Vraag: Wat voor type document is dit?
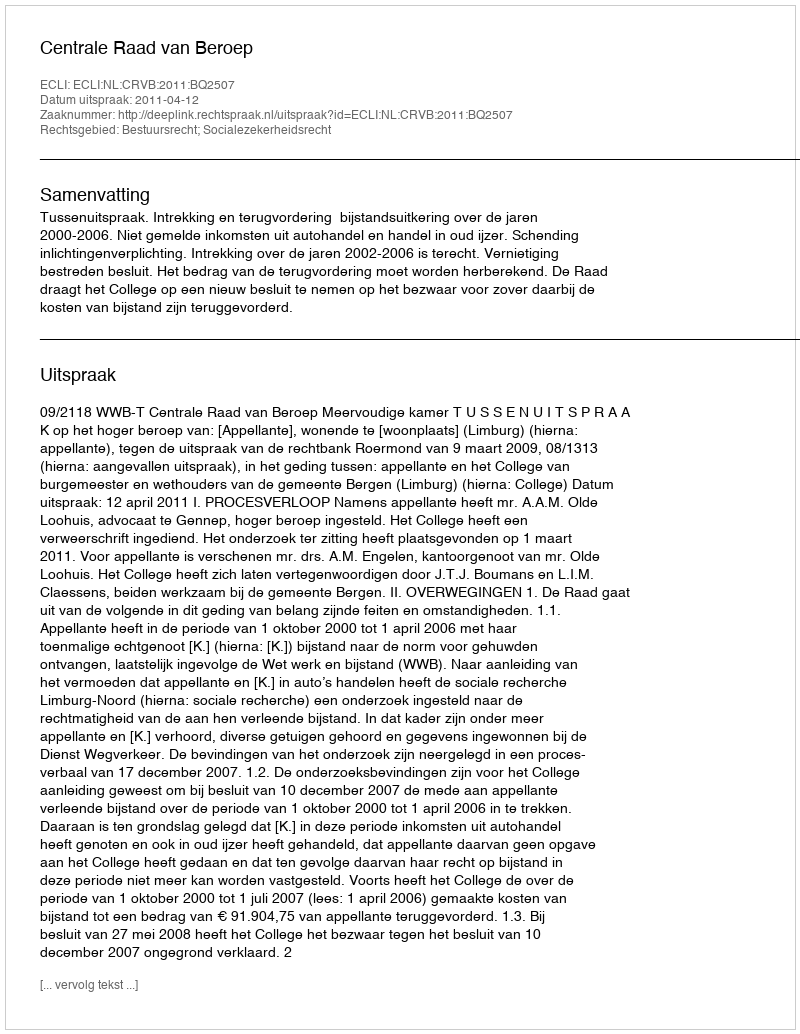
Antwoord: Uitspraak